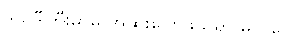
ဒယ်ဒီကြီးမှာမူ အထူးပြောဖွယ်ရာ မလိုပေ။